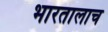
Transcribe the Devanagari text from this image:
भारतालाच